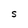
Character: S